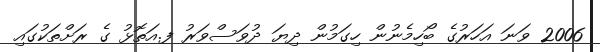
2006 ވަނަ އަހަރުގެ ބޯހިމެނުން ހިގަމުން ދިޔަ ދުވަސްވަރު ފ.އަތޮޅު ގެ ރަށްތަކުގައި